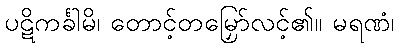
ပဋိကင်္ခါမိ၊ တောင့်တမြှော်လင့်၏။ မရဏံ၊